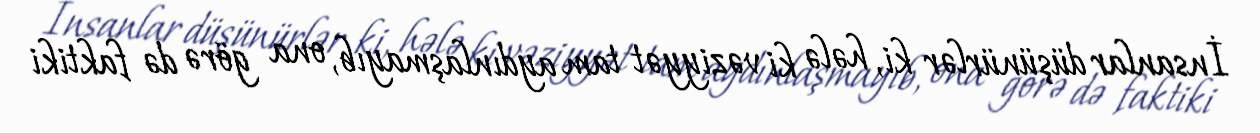
İnsanlar düşünürlər ki, hələ ki vəziyyət tam aydınlaşmayıb, ona görə də faktiki